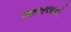
આખલાની